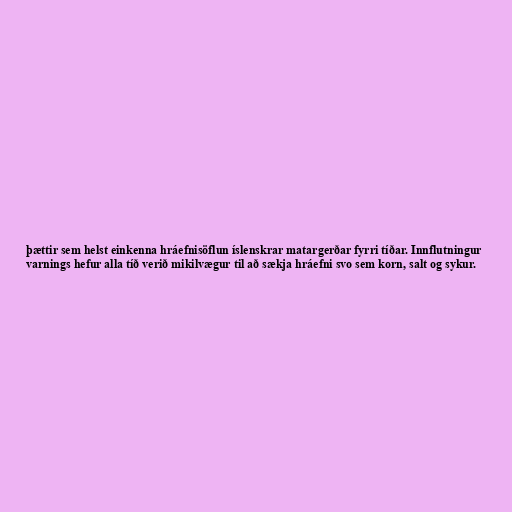
þættir sem helst einkenna hráefnisöflun íslenskrar matargerðar fyrri tíðar. Innflutningur
varnings hefur alla tíð verið mikilvægur til að sækja hráefni svo sem korn, salt og sykur.